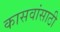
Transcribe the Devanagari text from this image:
कासवांसाठी